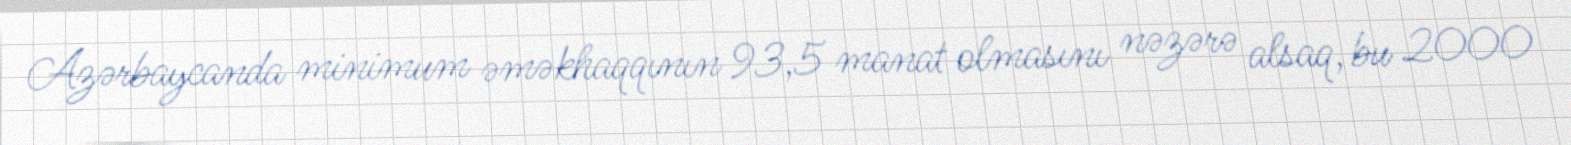
Azərbaycanda minimum əməkhaqqının 93,5 manat olmasını nəzərə alsaq, bu 2000